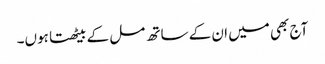
آج بھی میں ان کے ساتھ مل کے بیٹھتا ہوں۔